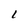
Character: L